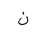
Letter: _non